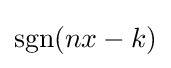
\operatorname {sgn}(nx-k)